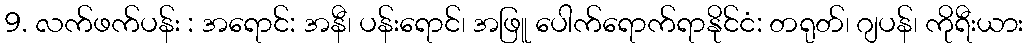
9. လက်ဖက်ပန်း : အရောင်: အနီ၊ ပန်းရောင်၊ အဖြူ ပေါက်ရောက်ရာနိုင်ငံ: တရုတ်၊ ဂျပန်၊ ကိုရီးယား